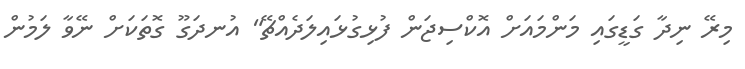
މިރޭ ނިދާ ގަޑީގައި މަންމައަށް އޮކްސިޖަން ފުޅިގުޅައިލަދެއްޗޭ" އުނދަގޫ ގޮތަކަށް ނޭވާ ލަމުން